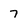
Character: 7